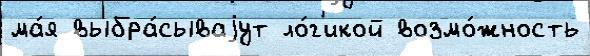
ма́я выбра́сываjут ло́г'икой возмо́жность